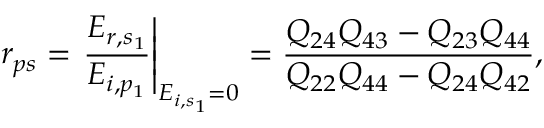
r _ { p s } = \left. \frac { E _ { r , s _ { 1 } } } { E _ { i , p _ { 1 } } } \right\vert _ { E _ { i , s _ { 1 } } = 0 } = \frac { Q _ { 2 4 } Q _ { 4 3 } - Q _ { 2 3 } Q _ { 4 4 } } { Q _ { 2 2 } Q _ { 4 4 } - Q _ { 2 4 } Q _ { 4 2 } } ,